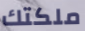
ملكتك